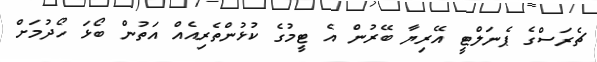
ޗެރަސްގެ ޕެނަލްޓީ އޭރިޔާ ބޭރުން އެ ޓީމުގެ ކުޅުންތެރިއެއް އަތުން ބޯޅަ ހޯދުމަށް